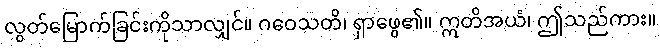
လွတ်မြောက်ခြင်းကိုသာလျှင်။ ဂဝေသတိ၊ ရှာဖွေ၏။ ဣတိအယံ၊ ဤသည်ကား။